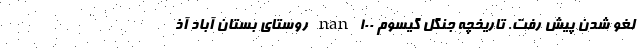
لغو شدن پیش رفت. تاریخچه جنگل گیسوم nan ۱۰۰ روستای بستان آبادِ آذ